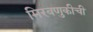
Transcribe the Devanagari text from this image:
मिरवणुकीची